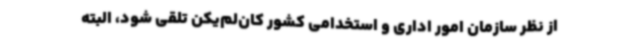
از نظر سازمان امور اداری و استخدامی کشور کان‌لم‌یکن تلقی شود، البته